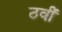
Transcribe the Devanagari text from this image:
ठवीं